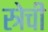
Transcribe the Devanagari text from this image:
स्त्रेची